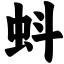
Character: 蚪